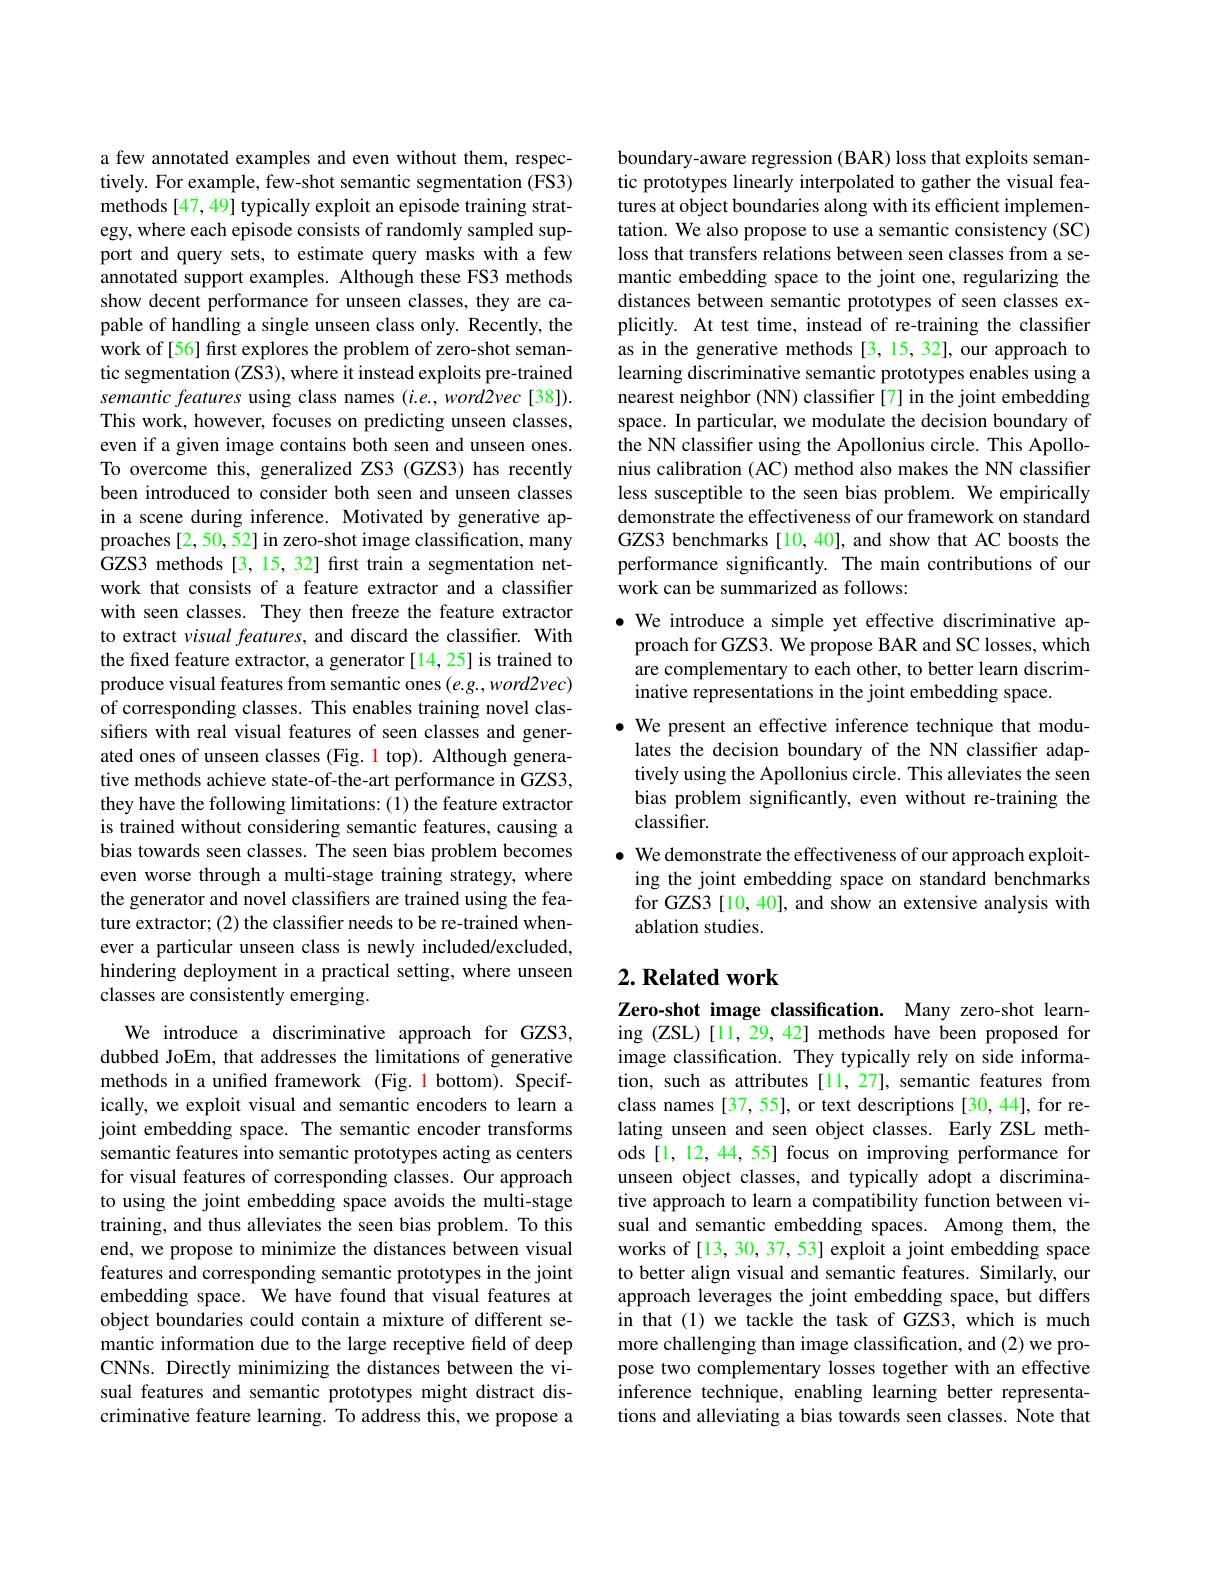
a few annotated examples and even without them, respectively. For example, few-shot semantic segmentation (FS3) methods [47, 49] typically exploit an episode training strategy, where each episode consists of randomly sampled support and query sets, to estimate query masks with a few annotated support examples. Although these FS3 methods show decent performance for unseen classes, they are capable of handling a single unseen class only. Recently, the work of[56] first explores the problem of zero-shot semantic segmentation (ZS3), where it instead exploits pre-trained semantic features using class names $(i.e.,word2vec[38]).$ This work, however, focuses on predicting unseen classes, even if a given image contains both seen and unseen ones. To overcome this, generalized ZS3 (GZS3) has recently been introduced to consider both seen and unseen classes in a scene during inference. Motivated by generative approaches [2, 50, 52] in zero-shot image classification, many GZS3 methods [3,15,32] first train a segmentation network that consists of a feature extractor and a classifier with seen classes. They then freeze the feature extractor to extract visual features, and discard the classifier. With the fixed feature extractor, a generator [14,25] is trained to produce visual features from semantic ones (e.g., word2vec) of corresponding classes. This enables training novel classifers with real visual features of seen classes and generated ones of unseen classes (Fig. 1 top). Although generative methods achieve state-of-the-art performance in GZS3, they have the following limitations: (1) the feature extractor is trained without considering semantic features, causing a bias towards seen classes. The seen bias problem becomes even worse through a multi-stage training strategy, where the generator and novel classifiers are trained using the feature extractor; (2) the classifier needs to be re-trained whenever a particular unseen class is newly included/excluded, hindering deployment in a practical setting, where unseen classes are consistently emerging.

We introduce a discriminative approach for GZS3, dubbed JoEm, that addresses the limitations of generative methods in a unifed framework (Fig. 1 bottom). Specifically, we exploit visual and semantic encoders to learn a joint embedding space. The semantic encoder transforms semantic features into semantic prototypes acting as centers for visual features of corresponding classes. Our approach to using the joint embedding space avoids the multi-stage training, and thus alleviates the seen bias problem. To this end, we propose to minimize the distances between visual features and corresponding semantic prototypes in the joint embedding space. We have found that visual features at object boundaries could contain a mixture of different semantic information due to the large receptive feld of deep CNNs. Directly minimizing the distances between the visual features and semantic prototypes might distract discriminative feature learning. To address this, we propose a

boundary-aware regression (BAR) loss that exploits semantic prototypes linearly interpolated to gather the visual features at object boundaries along with its efficient implementation. We also propose to use a semantic consistency (SC) loss that transfers relations between seen classes from a semantic embedding space to the joint one, regularizing the distances between semantic prototypes of seen classes explicitly. At test time, instead of re-training the classifier as in the generative methods [3,15,32],our approach to learning discriminative semantic prototypes enables using a nearest neighbor (NN) classifier [7] in the joint embedding space. In particular, we modulate the decision boundary of the NN classifier using the Apollonius circle. This Apollonius calibration (AC) method also makes the NN classifier less susceptible to the seen bias problem. We empirically demonstrate the effectiveness of our framework on standard GZS3 benchmarks [10, 40], and show that AC boosts the performance significantly. The main contributions of our work can be summarized as follows:
$\bullet$ We introduce a simple yet effective discriminative ap-
proach for GZS3. We propose BAR and SC losses, which are complementary to each other, to better learn discriminative representations in the joint embedding space.
$\bullet$ We present an effective inference technique that modulates the decision boundary of the NN classiffer adaptively using the Apollonius circle. This alleviates the seen bias problem significantly, even without re-training the classifier.
$\bullet$ We demonstrate the effectiveness of our approach exploiting the joint embedding space on standard benchmarks for GZS3 [10, 40], and show an extensive analysis with ablation studies.

## $2. \textbf{ Related work}$

Zero-shot image classification. Many zero-shot learning (ZSL) [11, 29, 42] methods have been proposed for image classification. They typically rely on side information, such as attributes [11,27], semantic features from class names [37, 55], or text descriptions [30, 44], for relating unseen and seen object classes. Early ZSL methods [1, 12, 44, 55] focus on improving performance for unseen object classes, and typically adopt a discriminative approach to learn a compatibility function between visual and semantic embedding spaces. Among them, the works of[13, 30, 37, 53] exploit a joint embedding space to better align visual and semantic features. Similarly, our approach leverages the joint embedding space, but differs in that (1) we tackle the task of GZS3, which is much more challenging than image classification, and (2) we propose two complementary losses together with an effective inference technique, enabling learning better representations and alleviating a bias towards seen classes. Note that